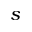
s